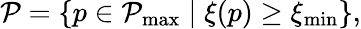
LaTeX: \mathcal{P}=\left\{ p\in\mathcal{P}_{\operatorname*{max}}\mid\xi(p)\geq\xi_{\operatorname*{min}}\right\} ,